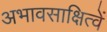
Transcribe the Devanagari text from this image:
अभावसाक्षित्वें